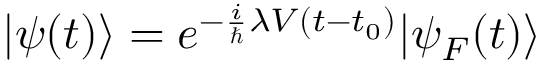
| \psi ( t ) \rangle = e ^ { - { \frac { i } { \hbar } } \lambda V ( t - t _ { 0 } ) } | \psi _ { F } ( t ) \rangle